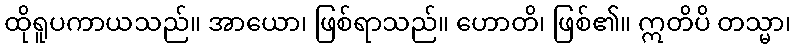
ထိုရူပကာယသည်။ အာယော၊ ဖြစ်ရာသည်။ ဟောတိ၊ ဖြစ်၏။ ဣတိပိ တသ္မာ၊